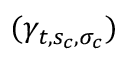
( \gamma _ { t , { s _ { c } } , { \sigma _ { c } } } )